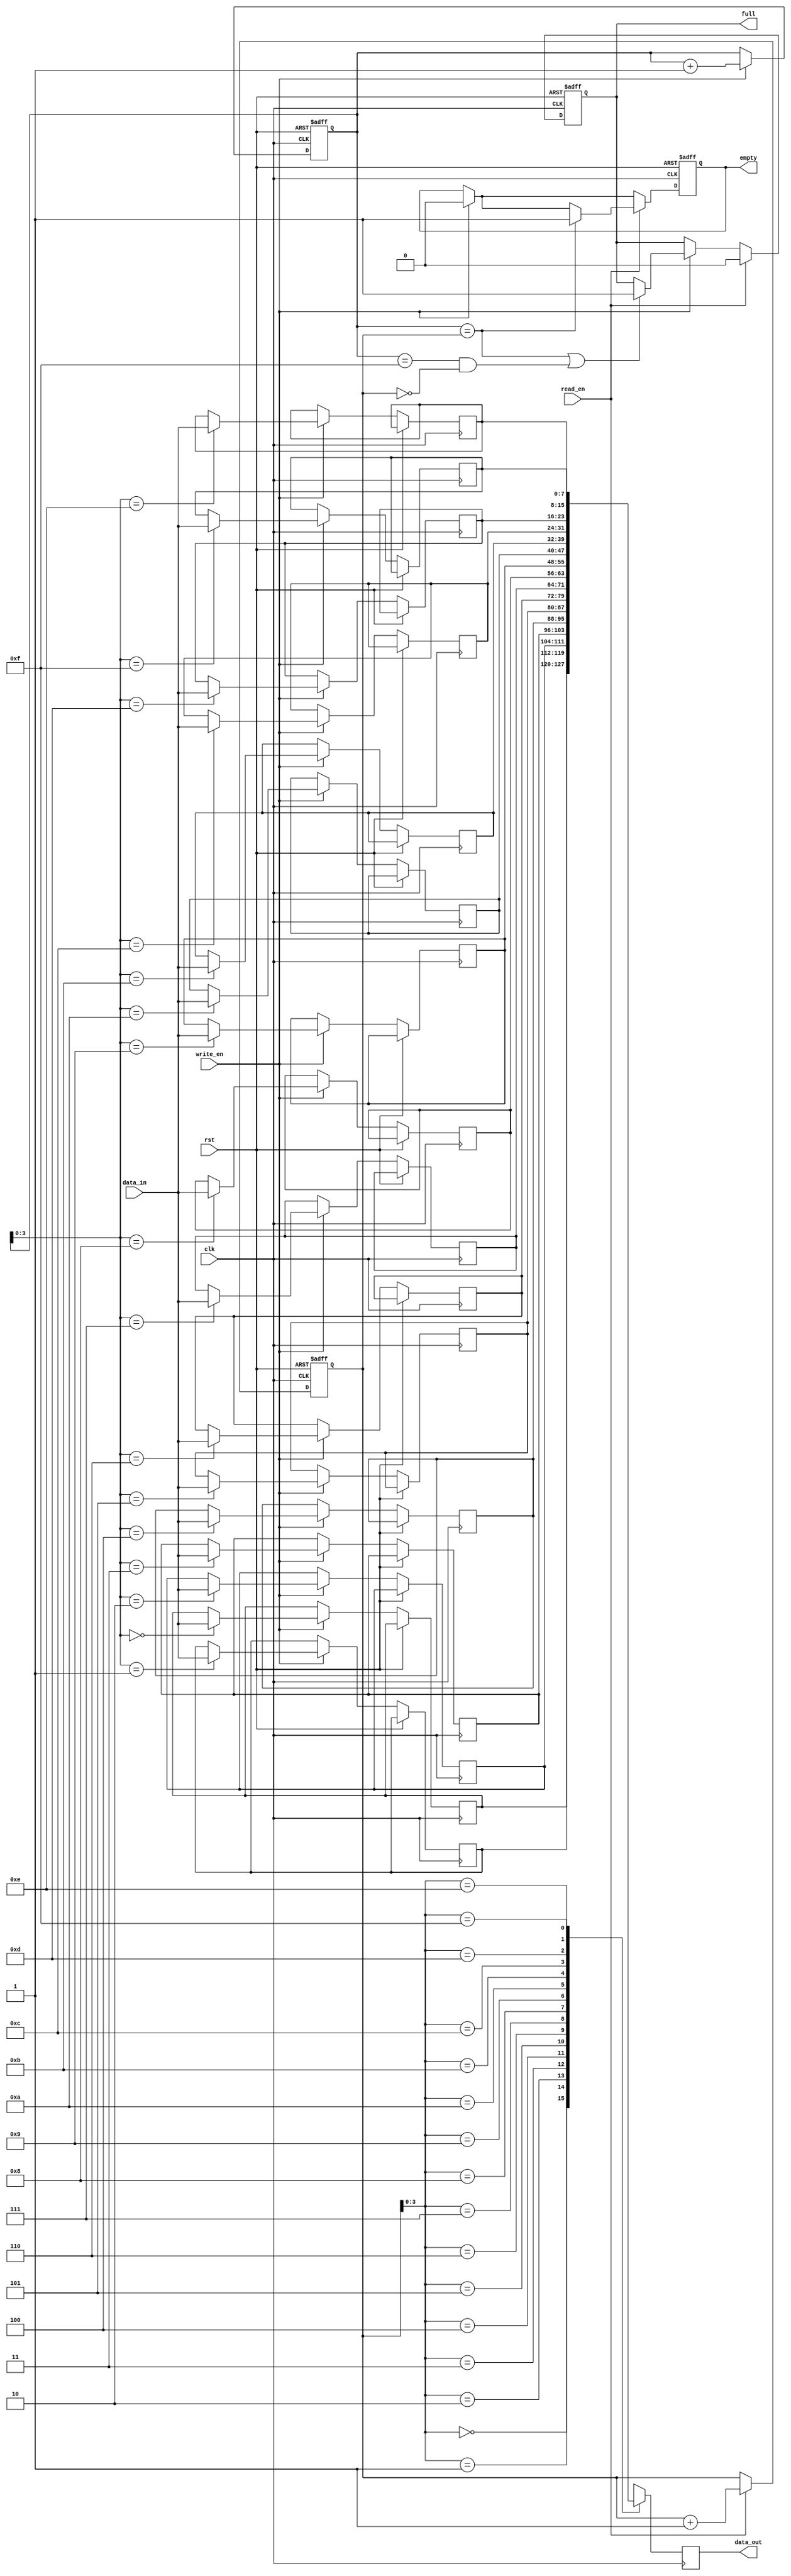
module synchronous_fifo (
  input wire clk,
  input wire rst,
  input wire write_en,
  input wire read_en,
  input wire [DATA_WIDTH-1:0] data_in,
  output reg [DATA_WIDTH-1:0] data_out,
  output reg full,
  output reg empty
);

parameter DEPTH = 16;
parameter DATA_WIDTH = 8;

reg [DATA_WIDTH-1:0] fifo [0:DEPTH-1];
reg [DATA_WIDTH-1:0] read_ptr, write_ptr;
reg read_en_internal, write_en_internal;

always @(posedge clk or posedge rst) begin
  if (rst) begin
    read_ptr <= 0;
    write_ptr <= 0;
    read_en_internal <= 0;
    write_en_internal <= 0;
    full <= 0;
    empty <= 1;
  end else begin
    if (write_en) begin
       write_ptr <= write_ptr + 1;
       fifo[write_ptr] <= data_in;
       if (write_ptr == read_ptr || (write_ptr == DEPTH-1 && read_ptr == 0)) begin
         full <= 1;
       end
       empty <= 0;
     end
     if (read_en) begin
       read_ptr <= read_ptr + 1;
       if (write_ptr == read_ptr) begin
         empty <= 1;
       end
       full <= 0;
     end
   end
end

always @(posedge clk) begin
  data_out <= fifo[read_ptr];
  read_en_internal <= read_en;
  write_en_internal <= write_en;
end

endmodule